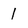
Character: 1